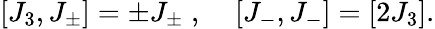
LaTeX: [J_{3},J_{\pm}]=\pm J_{\pm}\; ,\; \; \; \; [J_{-},J_{-}]=[2J_{3}].